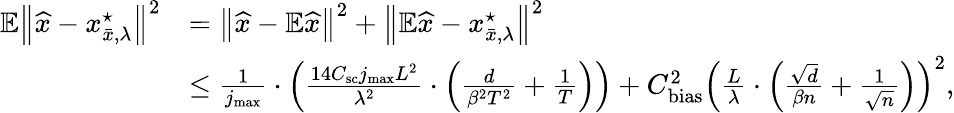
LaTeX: \begin{array}{rl}{\mathbb{E}\left\lVert\widehat{x}-x_{\bar{x},\lambda}^{\star}\right\rVert^{2}}&{=\left\lVert\widehat{x}-\mathbb{E}\widehat{x}\right\rVert^{2}+\left\lVert\mathbb{E}\widehat{x}-x_{\bar{x},\lambda}^{\star}\right\rVert^{2}}\\ &{\le\frac{1}{j_{\operatorname*{max}}}\cdot\left(\frac{14C_{\textup{sc}}j_{\operatorname*{max}}L^{2}}{\lambda^{2}}\cdot\left(\frac{d}{\beta^{2}T^{2}}+\frac 1T\right)\right)+C_{\textup{bias}}^{2}\left(\frac L\lambda\cdot\left(\frac{\sqrt d}{\beta n}+\frac 1{\sqrt n}\right)\right)^{2},}\end{array}